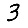
Digit: 3